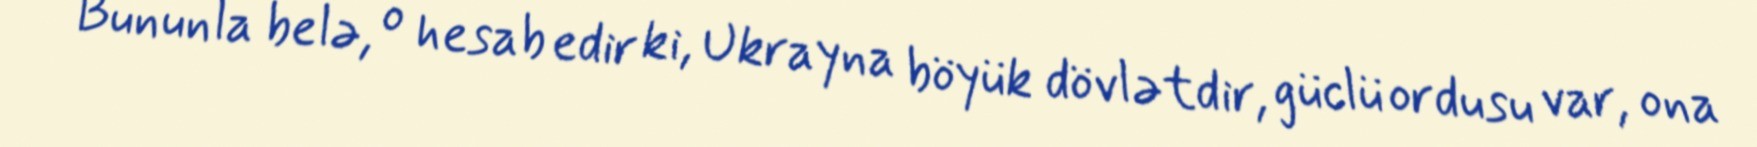
Bununla belə, o hesab edir ki, Ukrayna böyük dövlətdir, güclü ordusu var, ona